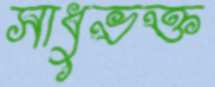
সাধুভক্ত